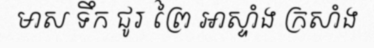
មាស ទឹក ជូរ ព្រៃ អាស្ទាំង ក្រសាំង